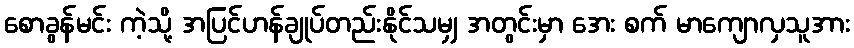
စောခွန်မင်း ကဲ့သို့ အပြင်ဟန်ချုပ်တည်းနိုင်သမျှ အတွင်းမှာ အေး စက် မာကျောလှသူအား